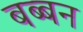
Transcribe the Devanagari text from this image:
बब्‍बन